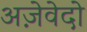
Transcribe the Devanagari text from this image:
अज़ेवेदो